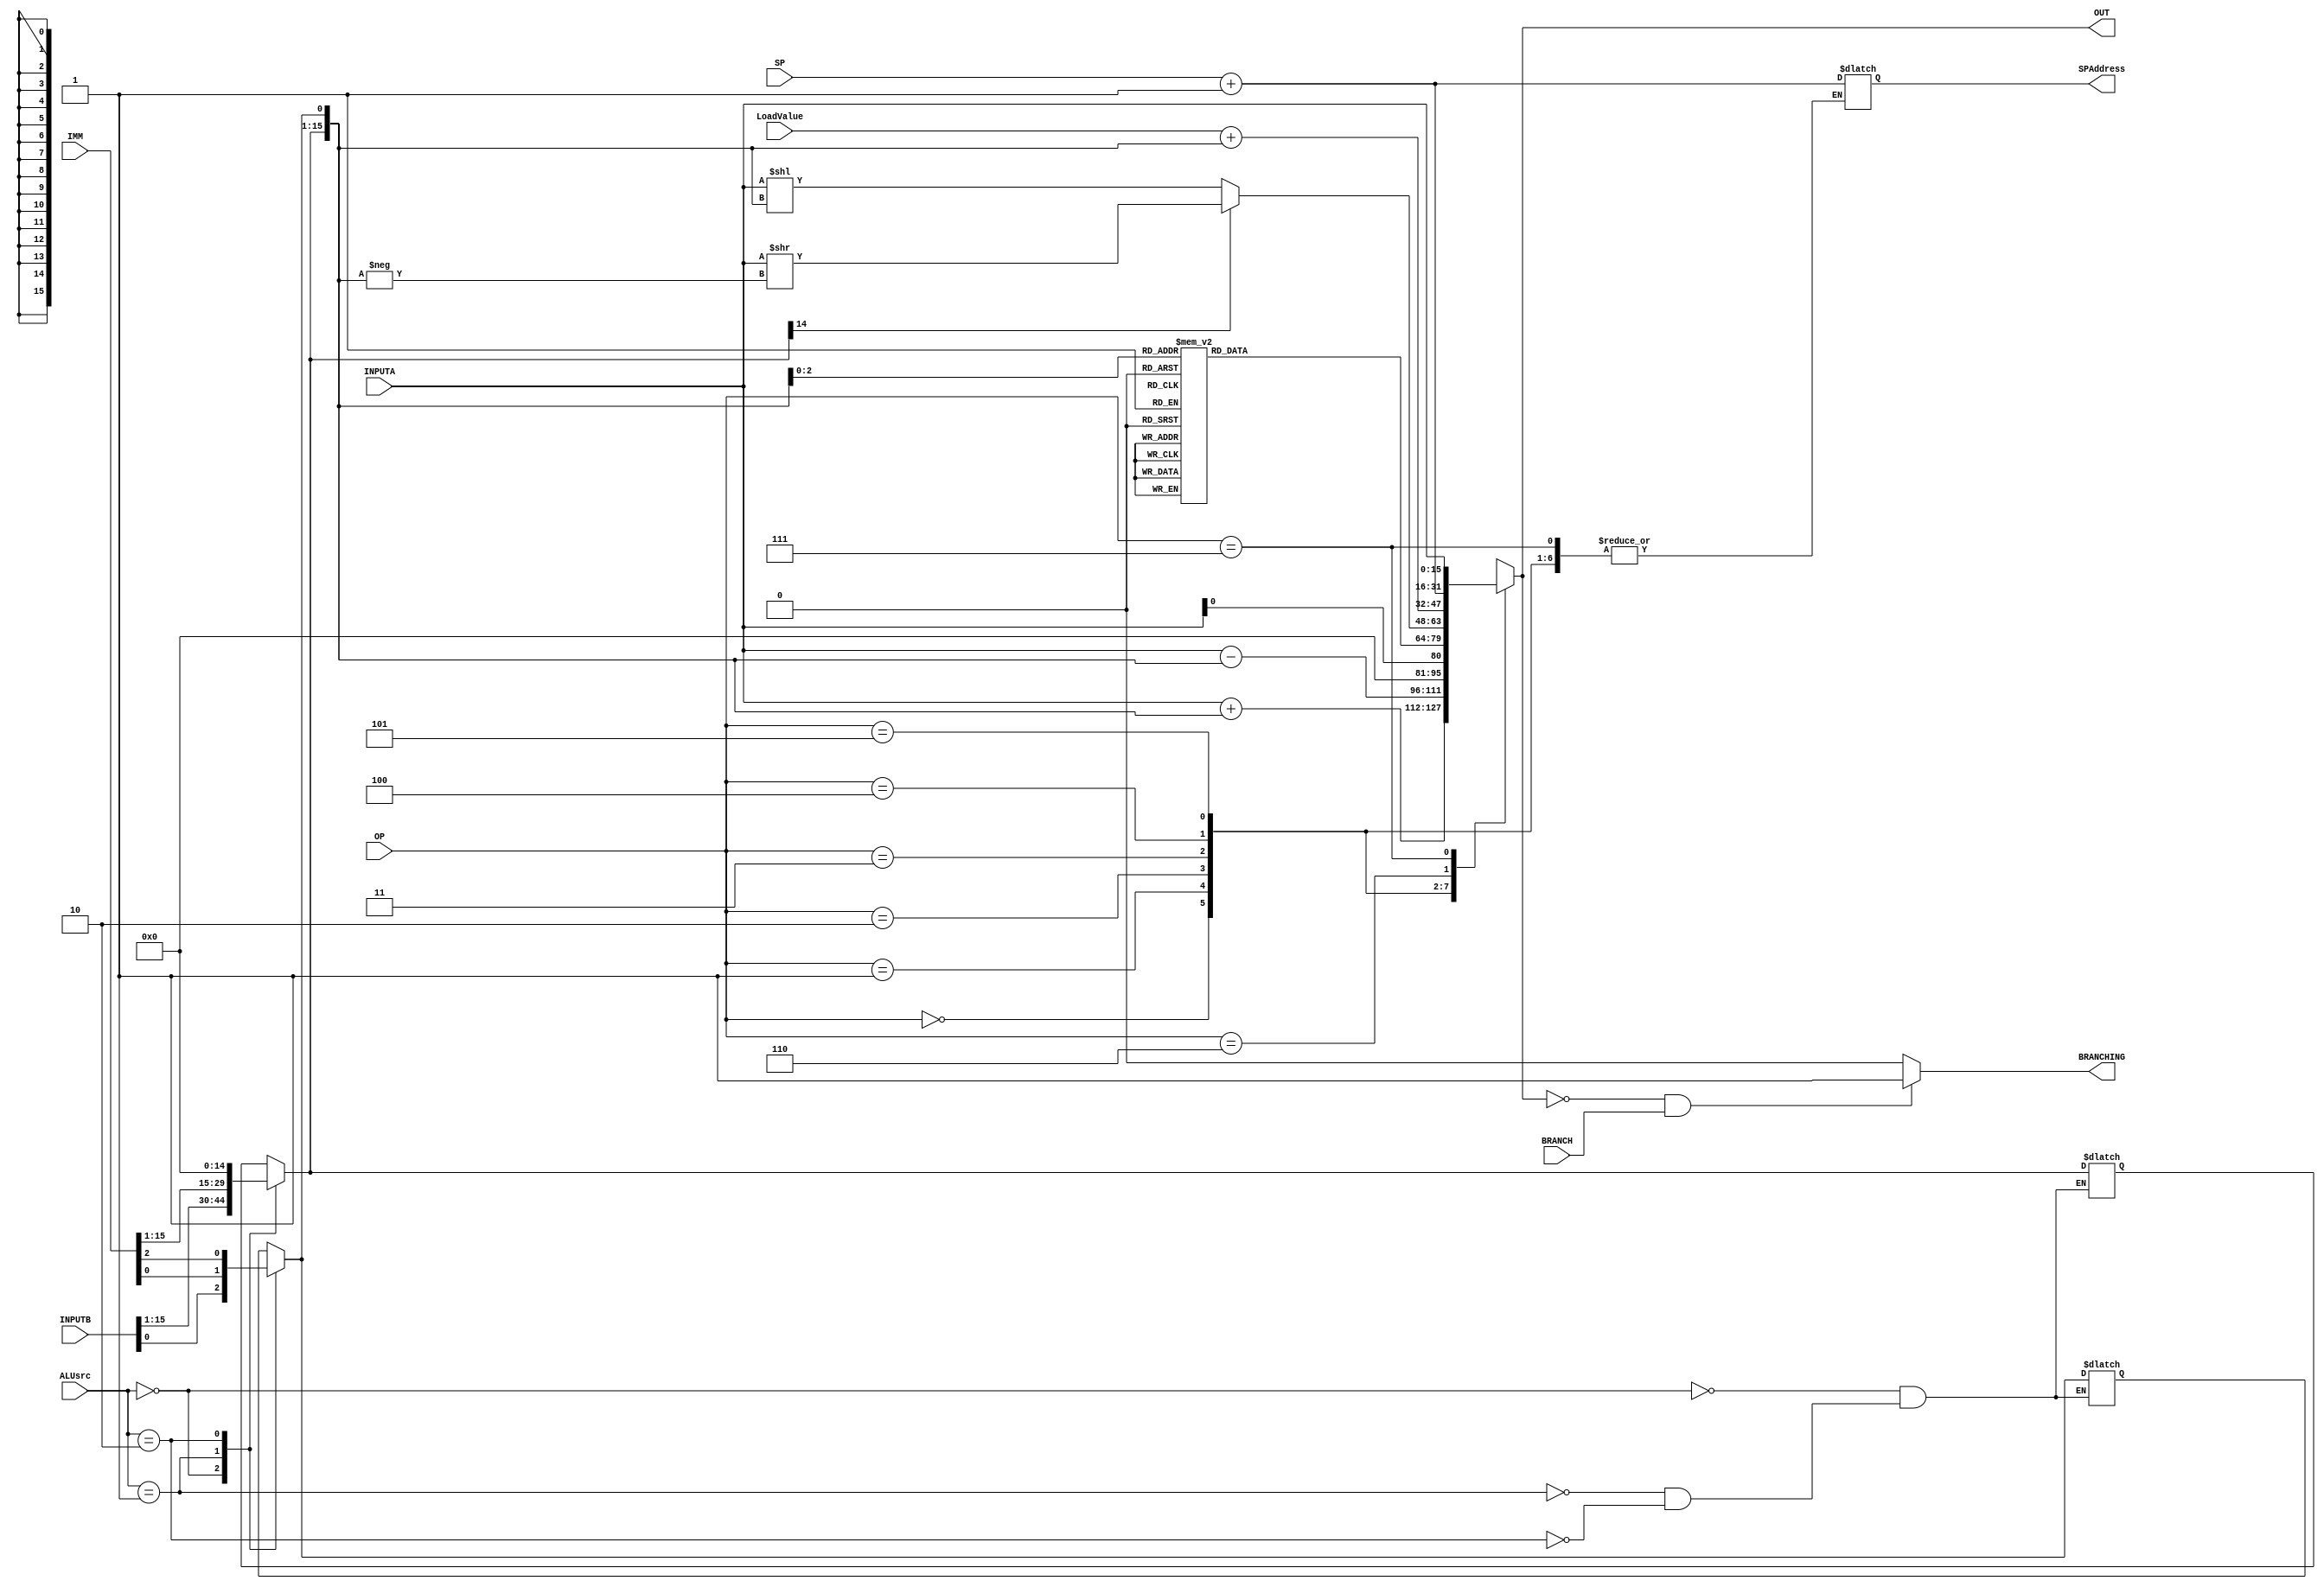
`timescale 1ns / 1ps
//////////////////////////////////////////////////////////////////////////////////
// Company: 
// Engineer: 
// 
// Design Name: 
// Module Name:    ALU 
// Project Name: 
// Target Devices: 
// Tool versions: 
// Description: 
//
// Dependencies: 
//
// Revision: 
// Revision 0.01 - File Created
// Additional Comments: 
//
//////////////////////////////////////////////////////////////////////////////////
module ALU(
    input [2:0] OP,
    input [15:0] INPUTA,
    input [15:0] INPUTB,
	 input [15:0] IMM,
	 input [15:0] SP,
	 input [1:0] ALUsrc,
	 input [15:0] LoadValue,
	 input BRANCH,
    output reg [15:0] OUT,
    output reg BRANCHING,
	 output reg [15:0] SPAddress
    );
	 
	 // if shw, then DATAIN = RS, DATADDRESS = $load + imm
	reg [15:0] temp;
	
	always @(INPUTA, INPUTB, OP, IMM, SP, ALUsrc, BRANCH)
	begin

	case(ALUsrc)
		0 : temp = INPUTB;
		1 : temp = IMM;
		2 : begin temp = 0; temp[0] = IMM[2]; end
	endcase
/*		temp = IMM;
	else
		temp = INPUTB;*/
	
	case(OP) //0 add, 1 = sub, 2 = last zero, 3 = declare, 4 shift, (4shift right, 5 shift left,) 5 shw, 6 push, 7 = isZero
		0 : OUT = INPUTA+temp;
		1 : OUT = INPUTA-temp;
		2 : OUT = INPUTA[0];
		3 : 
			begin 
				case(temp[2:0])
					0 : OUT = 0;
					1 : OUT = 1;
					2 : OUT = 9;
					3 : OUT = 48;
					4 : OUT = 95;
					5 : OUT = 144;
					6 : OUT = -1;
					7 : OUT = -96;
					default: OUT = -5;
				endcase
			end
		4 :  
		begin 
			if (temp[15] == 1)
				OUT = INPUTA >> (-temp); 
			else
				OUT = INPUTA << temp;
		end
		5 : OUT = LoadValue + temp;
		6 : begin OUT = SP + 1; SPAddress = SP + 1; end
		7 : OUT = INPUTA;
		default: OUT = -1;
	endcase
	 
	if (OUT == 0 && BRANCH)
		BRANCHING = 1;
	else
		BRANCHING = 0;
	
	//$display("ALU Out %d \n",OUT);
	end

endmodule